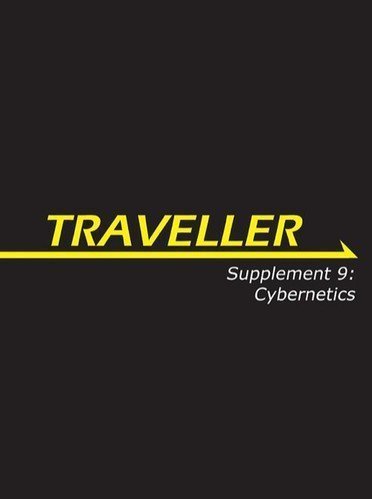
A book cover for Traveller: Supplement 8: Cybernetics (MGP3853); Lawrence Whitaker; Science Fiction & Fantasy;